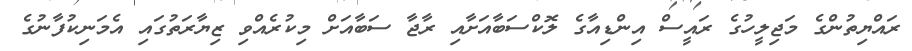
ރައްޔިތުންގެ މަޖިލީހުގެ ރައީސް އިންޑިއާގެ ލޮކްސަބާއަށާއި ރާޖާ ސަބާއަށް މިކުރެއްވި ޒިޔާރަތުގައި އެމަނިކުފާނުގެ